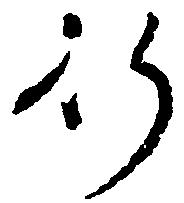
行